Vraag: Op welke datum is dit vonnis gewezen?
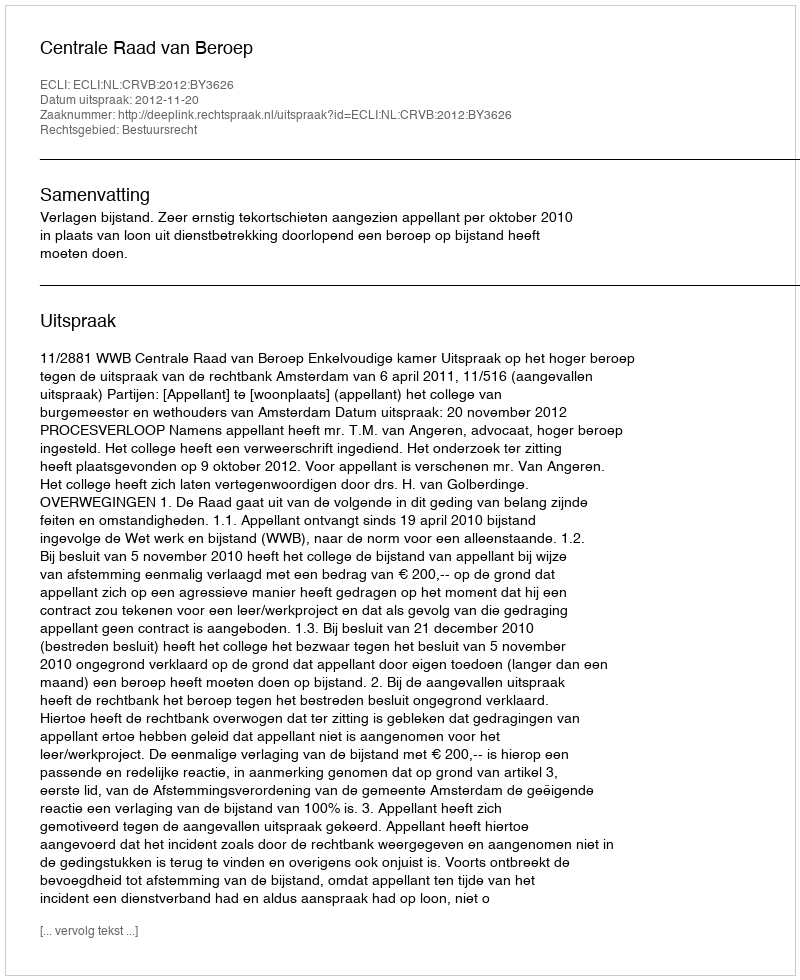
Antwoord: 2012-11-20